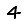
Digit: 4